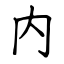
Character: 内